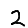
Digit: 2